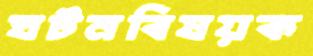
ঘটনবিষয়ক